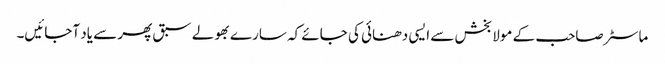
ماسٹر صاحب کے مولا بخش سے ایسی دھنائی کی جائے کہ سارے بھولے سبق پھر سے یاد آجائیں۔